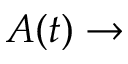
A ( t ) \to